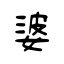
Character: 婆